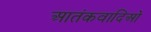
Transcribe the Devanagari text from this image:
आतंकवादिओं